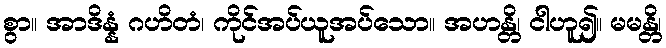
စွာ။ အာဒိန္နံ ဂဟိတံ၊ ကိုင်အပ်ယူအပ်သော။ အဟန္တိ၊ ငါဟူ၍။ မမန္တိ၊